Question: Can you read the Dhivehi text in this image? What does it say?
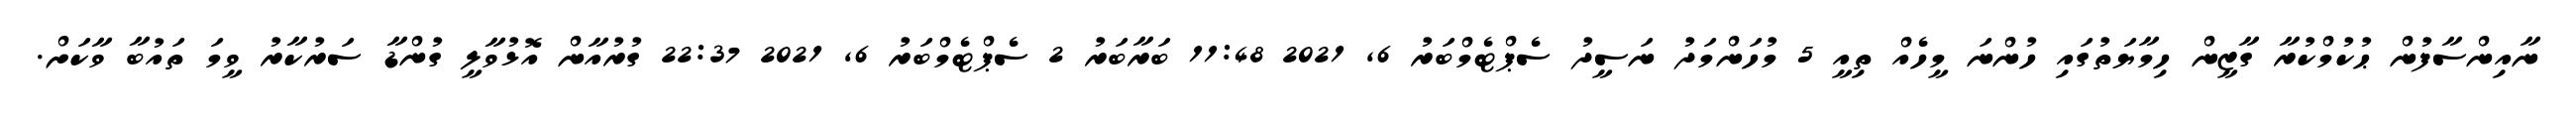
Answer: ނާއިންސާފުން ޙުކުމްކުރާ ގާޒީން ހިމާޔަތުގައި ހުންނަ މީހެއް ތިއީ 5 މުހަންމަދު ނަސީދު ސެޕްޓެމްބަރު 6, 2021 11:48 ބަރާބަރު 2 ސެޕްޓެމްބަރު 6, 2021 22:37 ގުރުއާން އޮޅުވާލީ ގުންޑާ ސަރުކާރު ވީމަ ތައުބާ ވާކަށް.